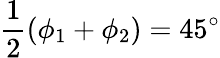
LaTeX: \frac 12(\phi_{1}+\phi_{2})=45^{\circ}